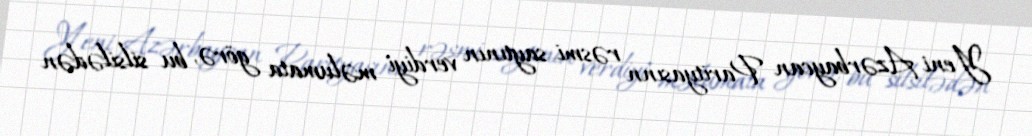
Yeni Azərbaycan Parityasınn rəsmi saytının verdiyi məlumata görə, bu silsilədən